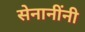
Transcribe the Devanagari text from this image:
सेनानींनी